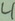
Text: 4